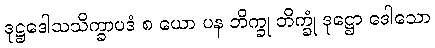
ဒုဋ္ဌဒေါသသိက္ခာပဒံ ၈ ယော ပန ဘိက္ခု ဘိက္ခုံ ဒုဋ္ဌော ဒေါသော